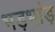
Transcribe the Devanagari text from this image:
भड़भांड़